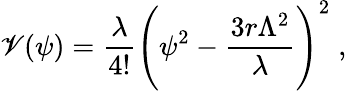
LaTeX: \mathscr{V}(\psi)={\frac{{\lambda}}{{4!}}}\Biggl(\psi^{2}-{\frac{{3r\Lambda^{2}}}{{\lambda}}}\Biggr)^{2}\; ,